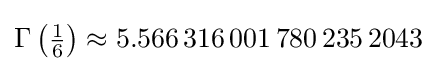
\Gamma \left({\tfrac {1}{6}}\right)\approx 5.566\,316\,001\,780\,235\,2043